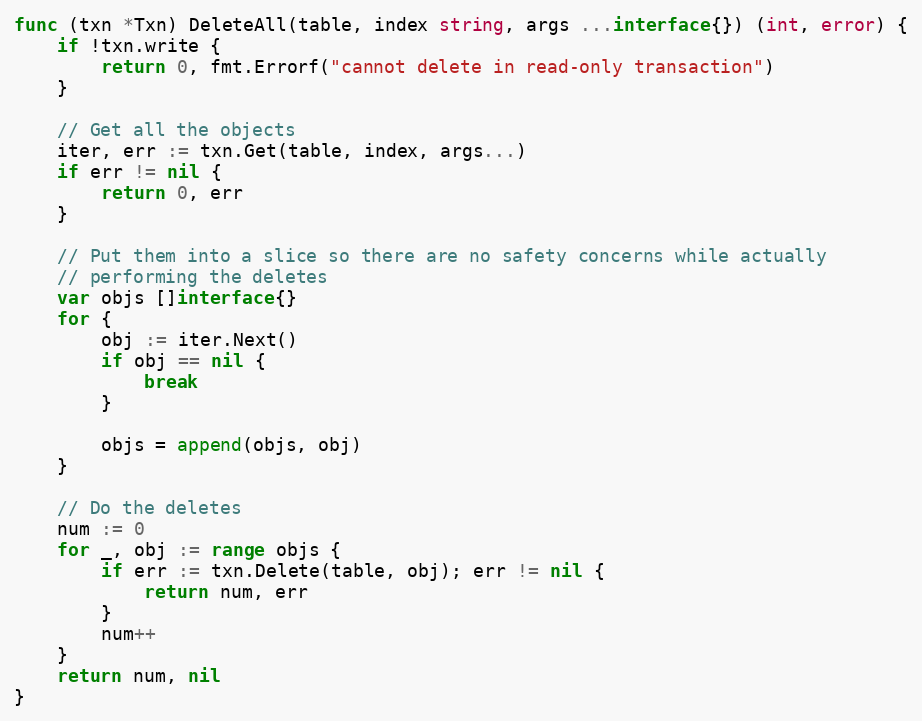
Language: Go
func (txn *Txn) DeleteAll(table, index string, args ...interface{}) (int, error) {
	if !txn.write {
		return 0, fmt.Errorf("cannot delete in read-only transaction")
	}

	// Get all the objects
	iter, err := txn.Get(table, index, args...)
	if err != nil {
		return 0, err
	}

	// Put them into a slice so there are no safety concerns while actually
	// performing the deletes
	var objs []interface{}
	for {
		obj := iter.Next()
		if obj == nil {
			break
		}

		objs = append(objs, obj)
	}

	// Do the deletes
	num := 0
	for _, obj := range objs {
		if err := txn.Delete(table, obj); err != nil {
			return num, err
		}
		num++
	}
	return num, nil
}